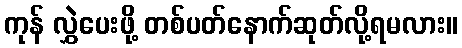
ကုန် လွှဲပေးဖို့ တစ်ပတ်နောက်ဆုတ်လို့ရမလား။